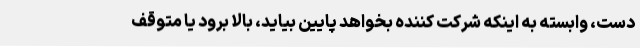
دست، وابسته به اینکه شرکت کننده بخواهد پایین بیاید، بالا برود یا متوقف